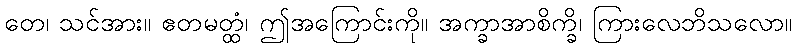
တေ၊ သင်အား။ ဧတမတ္ထံ၊ ဤအကြောင်းကို။ အက္ခာအာစိက္ခိ၊ ကြားလေဘိသလော။